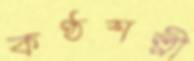
কণ্ঠশল্পী